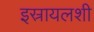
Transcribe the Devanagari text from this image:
इस्रायलशी